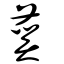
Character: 蒵